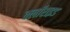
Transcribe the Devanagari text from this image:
क्लॉराइड